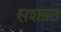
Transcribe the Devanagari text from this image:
सशक़्त